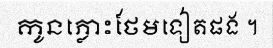
កូនភ្លោះថែមទៀតផង ។